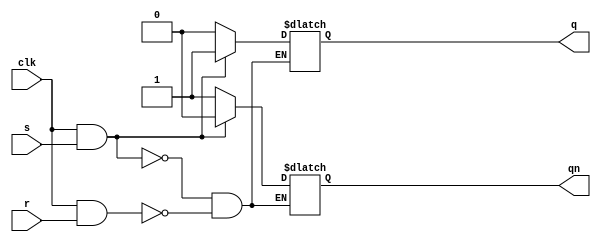
module sr_ff(s,r,clk,q,qn);
input s,r,clk;
output reg q;
output reg qn;
always @ (s or r or clk)
	if (clk & s) {q,qn} <= 2'b10;
	else if (clk & r) {q,qn} <= 2'b01;
endmodule

`timescale 1ns/1ps
module tblatch;
reg s,r,clk;
wire q,qn;
sr_ff UUT(.s(s),.r(r),.clk(clk),.q(q),.qn(qn));
initial begin
	{s,r,clk}=3'b101; #10;
	{s,r,clk}=3'b001; #10;
	{r,s,clk}=3'b101; #10;
	{s,r,clk}=3'b001; #10;
end
endmodule